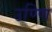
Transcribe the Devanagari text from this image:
उण्णि